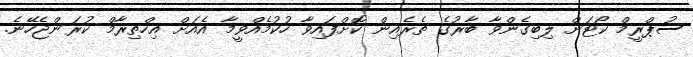
ސުޕްރީމް ކޯޓަށް ލިބިގެންވާ ބާރުގެ ތެރެއިން ކޮށްފައިވާ ހުކުމެއްވީމާ އެއަށް އިހްތިރާމް ކުރަންޖެހޭނެ.